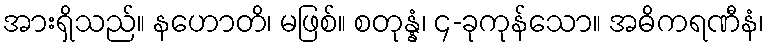
အားရှိသည်။ နဟောတိ၊ မဖြစ်။ စတုန္နံ၊ ၄-ခုကုန်သော။ အဓိကရဏီနံ၊